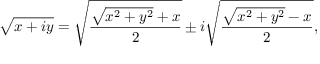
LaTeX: { \sqrt { x + i y } } = { \sqrt { \frac { { \sqrt { x ^ { 2 } + y ^ { 2 } } } + x } { 2 } } } \pm i { \sqrt { \frac { { \sqrt { x ^ { 2 } + y ^ { 2 } } } - x } { 2 } } } ,